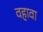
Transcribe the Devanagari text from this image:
वहावा